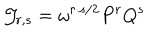
{ \cal J } _ { r , s } = \omega ^ { r \cdot s / 2 } P ^ { r } Q ^ { s }